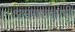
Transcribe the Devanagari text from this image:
अमंगलहारी